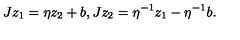
J z _ { 1 } = \eta z _ { 2 } + b , J z _ { 2 } = \eta ^ { - 1 } z _ { 1 } - \eta ^ { - 1 } b .